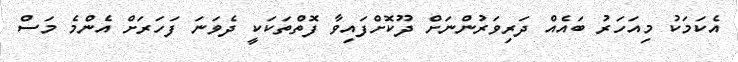
އެކަމަކު މިއަހަރު ބައެއް ދަރިވަރުންނަށް ދޫކޮށްފައިވާ ފޮތްތަކަކީ ދެވަނަ ފަހަރަށް އެންމެ މަސް